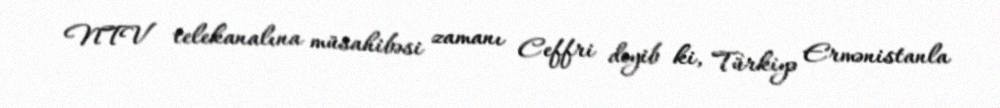
NTV telekanalına müsahibəsi zamanı Ceffri deyib ki, Türkiyə Ermənistanla